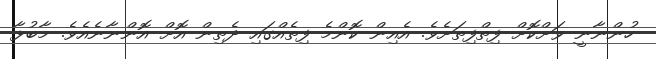
ހުންނާނީ ވަށްކޮށް ފިތްފިތަށެވެ. އެއިން ކޮންމެ ފިތެއްގައި ދެތިން އޮށް އޮންނާނެއެވެ. މާބުޅާ